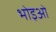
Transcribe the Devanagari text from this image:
भोइओ